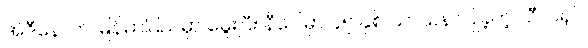
အဲဒီနောက် မြန်မာပြည်မှာ မွေးပြီး နီပေါမှာ ၄၅ နှစ် သာသနာပြုခဲ့တဲ့ သီလရှင်